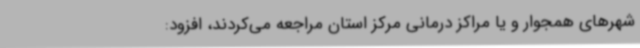
شهرهای همجوار و یا مراکز درمانی مرکز استان مراجعه می‌کردند، افزود: